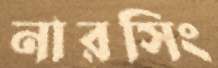
নারসিং